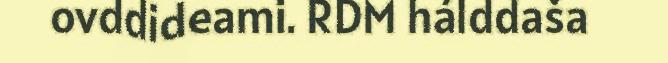
ovddideami. RDM hálddaša